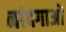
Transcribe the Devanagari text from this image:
नांदगाओं